Annual administration report of the Civil Veterinary Department of India - 1902-1903
Year: 1902
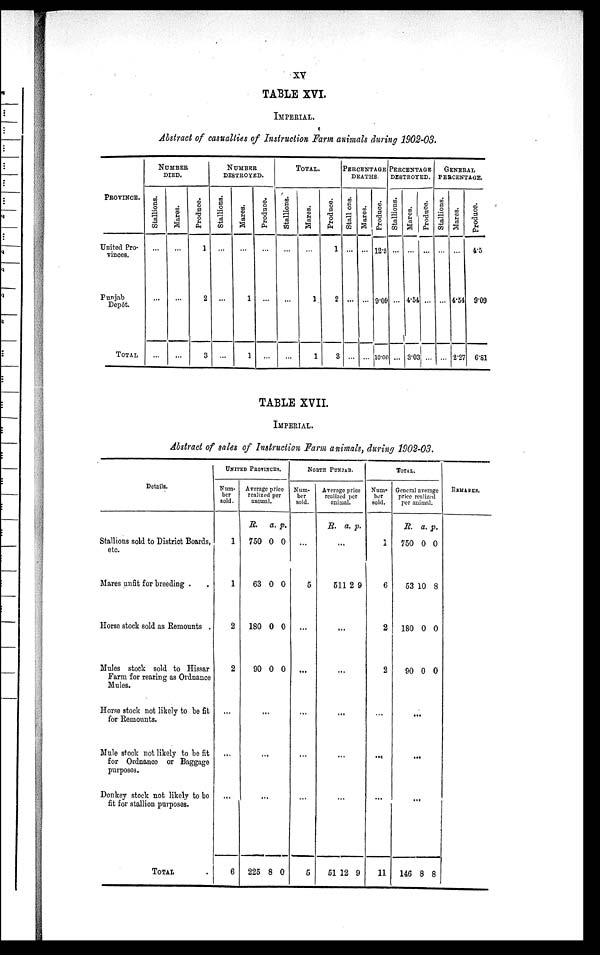
XV
TABLE XVI.
IMPERIAL.
Abstract of casualties of Instruction Farm animals during 1902-03.
PROVINCE.
United Pro-
vinces.
Punjab
Depôt.
TOTAL
NUMBER
DIED.
Stallions.
...
...
...
Mares.
...
...
...
Produce.
1
2
3
NUMBER
DESTROYED.
Stallions.
...
...
...
Mares.
...
1
1
Produce.
...
...
...
TOTAL.
Stallions.
...
...
...
Mares.
...
1
1
Produce.
1
2
3
PERCENTAGE
DEATHS.
Stall ons.
...
...
...
Mares.
...
...
...
Produce.
12.5
9.09
10.00
PERCENTAGE
DESTROYED.
Stallions.
...
...
...
Mares.
...
4.54
3.03
Produce.
...
...
...
GENERAL
PERCENTAGE.
Stallions.
...
...
...
Mares.
...
4.54
2.27
Produce.
4.5
9.09
6.81
TABLE XVII.
IMPERIAL.
Abstract of sales of Instruction Farm animals, during 1902-03.
Details.
Stallions sold to District Boards,
etc.
Mares unfit for breeding .
Horse stock sold as Remounts .
Mules stock sold to Hissar
Farm for rearing as Ordnance
Mules.
Horse stock not likely to be fit
for Remounts.
Mule stock not likely to be fit
for Ordnance or Baggage
purposes.
Donkey stock not likely to bo
fit for stallion purposes.
TOTAL
UNITED PROVINCES.
Num-
ber
sold.
1
1
2
2
...
...
...
6
Average price
realized per
animal.
R.
750
63
180
90
a,
0
0
0
0
p.
0
0
0
0
...
...
...
225 8 0
NORTH PUNJAB.
Num-
ber
sold.
...
5
...
...
...
...
...
5
Average price
realized per
animal.
R. a. p.
...
511 2 9
...
...
...
...
...
51 1 2 9
TOTAL.
Num-
ber
sold.
1
6
2
2
...
...
...
11
General
price realized
per animal.
R.
750
53
180
90
a.
0
10
0
0
p.
0
8
0
0
...
...
...
146 8 8
REMARKS.